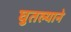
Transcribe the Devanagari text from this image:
घुतल्याने